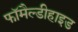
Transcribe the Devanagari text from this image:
फॉमैल्डीहाइड